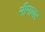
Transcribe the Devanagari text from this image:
नीमायर